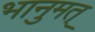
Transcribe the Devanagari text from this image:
भानुमत्